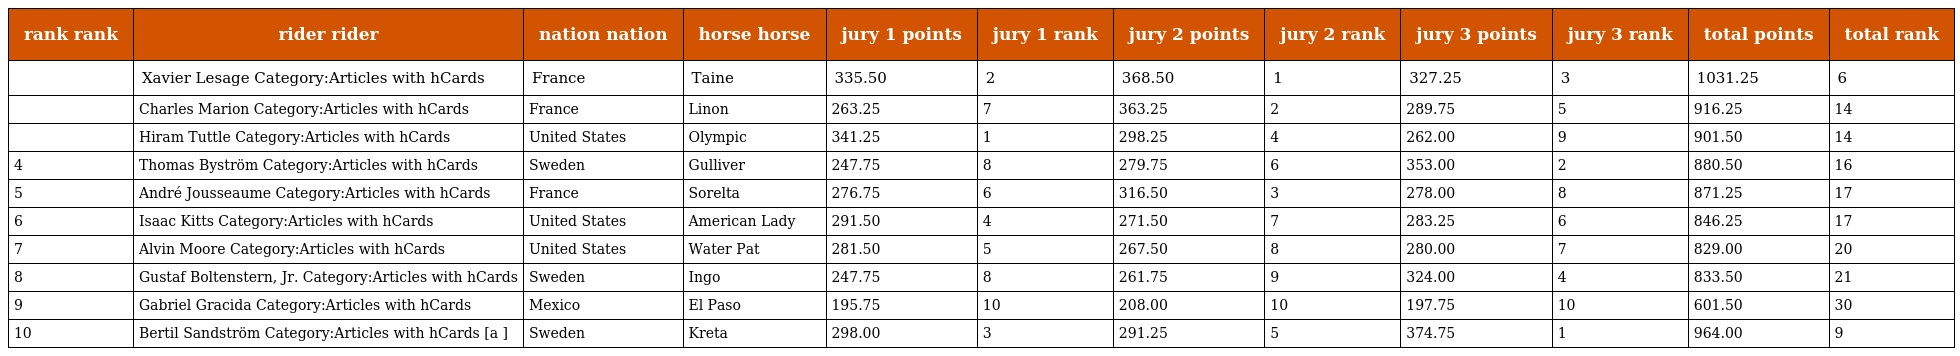
| rank rank | rider rider | nation nation | horse horse | jury 1 points | jury 1 rank | jury 2 points | jury 2 rank | jury 3 points | jury 3 rank | total points | total rank |
 | --- | --- | --- | --- | --- | --- | --- | --- | --- | --- | --- | --- |
 |  | Xavier Lesage Category:Articles with hCards | France | Taine | 335.50 | 2 | 368.50 | 1 | 327.25 | 3 | 1031.25 | 6 |
 |  | Charles Marion Category:Articles with hCards | France | Linon | 263.25 | 7 | 363.25 | 2 | 289.75 | 5 | 916.25 | 14 |
 |  | Hiram Tuttle Category:Articles with hCards | United States | Olympic | 341.25 | 1 | 298.25 | 4 | 262.00 | 9 | 901.50 | 14 |
 | 4 | Thomas Byström Category:Articles with hCards | Sweden | Gulliver | 247.75 | 8 | 279.75 | 6 | 353.00 | 2 | 880.50 | 16 |
 | 5 | André Jousseaume Category:Articles with hCards | France | Sorelta | 276.75 | 6 | 316.50 | 3 | 278.00 | 8 | 871.25 | 17 |
 | 6 | Isaac Kitts Category:Articles with hCards | United States | American Lady | 291.50 | 4 | 271.50 | 7 | 283.25 | 6 | 846.25 | 17 |
 | 7 | Alvin Moore Category:Articles with hCards | United States | Water Pat | 281.50 | 5 | 267.50 | 8 | 280.00 | 7 | 829.00 | 20 |
 | 8 | Gustaf Boltenstern, Jr. Category:Articles with hCards | Sweden | Ingo | 247.75 | 8 | 261.75 | 9 | 324.00 | 4 | 833.50 | 21 |
 | 9 | Gabriel Gracida Category:Articles with hCards | Mexico | El Paso | 195.75 | 10 | 208.00 | 10 | 197.75 | 10 | 601.50 | 30 |
 | 10 | Bertil Sandström Category:Articles with hCards [a ] | Sweden | Kreta | 298.00 | 3 | 291.25 | 5 | 374.75 | 1 | 964.00 | 9 |